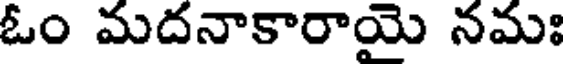
ఓం మదనాకారాయై నమః